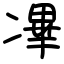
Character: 㓖